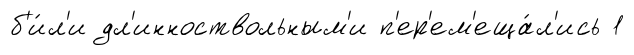
б'и́л'и дл'инноствольным'и п'ер'ем'еща́л'ись 1